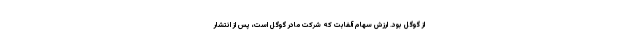
از گوگل بود. ارزش سهام آلفابت که شرکت مادر گوگل است، پس از انتشار